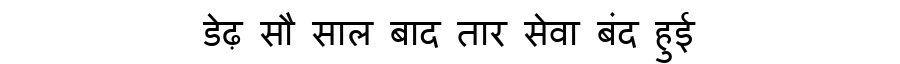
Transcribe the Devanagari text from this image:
डेढ़ सौ साल बाद तार सेवा बंद हुई